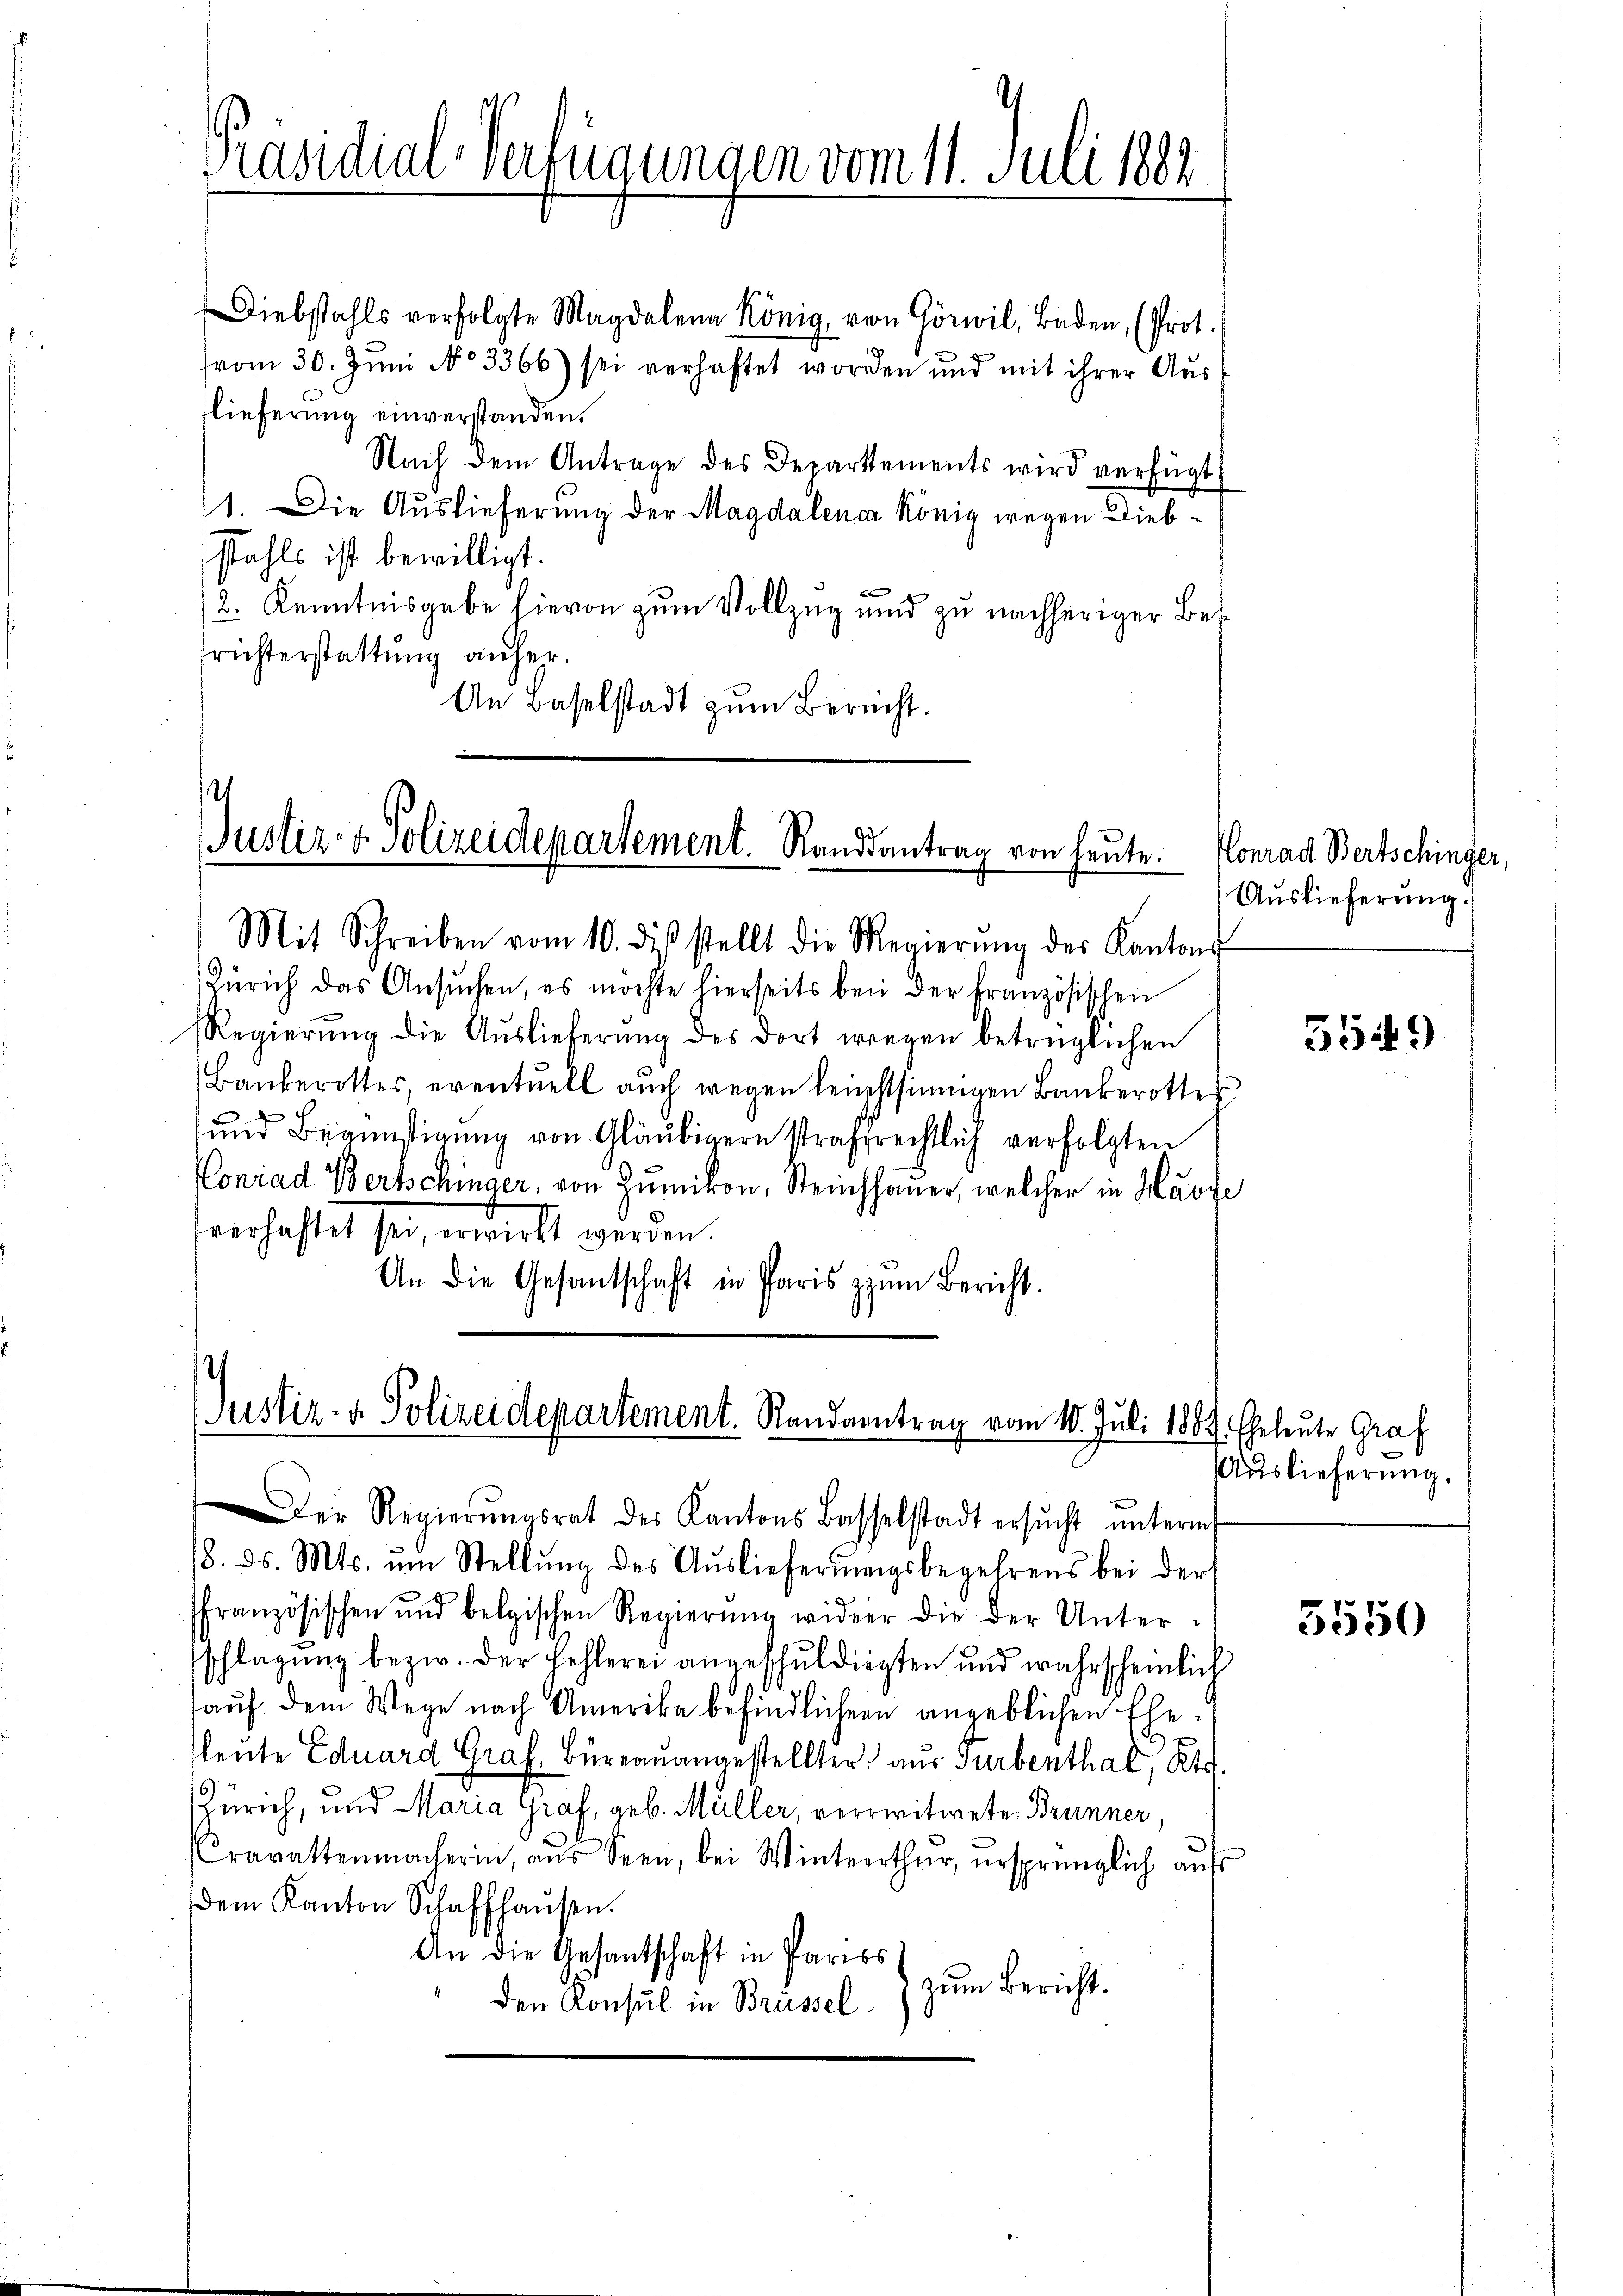
Präsidial-Verfügungen vom 11. Juli 1882

Diebstahls verfolgte Magdalena König, von Görwil, Baden, (Prot.
vom 30. Juni No 3366) sei verhaftet worden und mit ihrer Aus
flieferung einverstanden.
Nach dem Antrage des Departements wird verfügt:
11. Die Auslieferung der Magdalenar König wegen Diebstahls ist bewilligt.
2. Kenntnisgabe hievon zum Vollzug und zu nachheriger Besfrichterstattung aufer.
An Baselstadt zŭm Berecht.

Justiz- & Polizeidepartement. Randsantrag von heute.

Justiz- & Polizeidepartement. Randantrag vom 10. Juli 1889. Eheleute Graf
Der Regierŭngsrat des Kantons Basselstadt ersŭcht ŭnterm

Mit Schreiben vom 10. dβ stellt die Regierŭng des Kantons
Zürich das Ansuchen, es möchte hierseits bei der französischen
Regierung die Auslieferung des dort wegen betrüglichen
Bankerottes, eventuell auch wegen leichtsinnigen Bankerottes
und Begünstigung von Gläubigern strafrechtlich verfolgten
Conrad Bertschinger, von Zumikon, Steinchhauer, welcher in Harze
sverhaftet sei, erwirkt werden.
An die Gesantschaft in Paris zŭm Bericht.

Konrad Bertschinger,
Auslieferung.

Auslieferung.

8. ds. Mts. ŭm Stellŭng des Aŭslieferŭngsbegehrens bei der
ffranzösischen und belgischen Regierŭng wider die der Unter-
schlagung bezw. der Fehlerei angeschuldigten und wahrscheinlich
auf dem Wege nach Amerika befindlichern angeblichen Ehefleute Eduard Graf, Büreauangestellter aus Turbenthal, Kts
Zürich, und Maria Graf, geb. Müller, verwitwete Brunner,
Cravattenmacherin, aus Seen, bei Winterthur, ursprünglich auf
dem Kanton Schaffhausen.
An die Gesantschaft in Paris
zum Bericht.
den Konsul in Brüssel

5549

5550